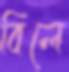
বিলে